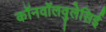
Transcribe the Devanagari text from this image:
कॉनवॉलवुलेसिई